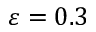
\varepsilon = 0 . 3